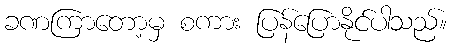
ခဏကြာတော့မှ စကား ပြန်ပြောနိုင်ပါသည်။